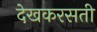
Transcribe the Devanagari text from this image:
देखकरसती